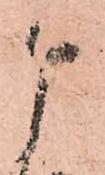
申